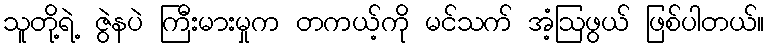
သူတို့ရဲ့ ဇွဲနပဲ ကြီးမားမှုက တကယ့်ကို မင်သက် အံ့ဩဖွယ် ဖြစ်ပါတယ်။